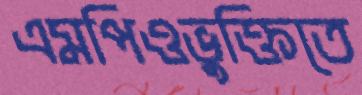
এমপিওভুক্তিতে